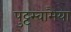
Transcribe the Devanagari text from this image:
पुट्टस्वामैया